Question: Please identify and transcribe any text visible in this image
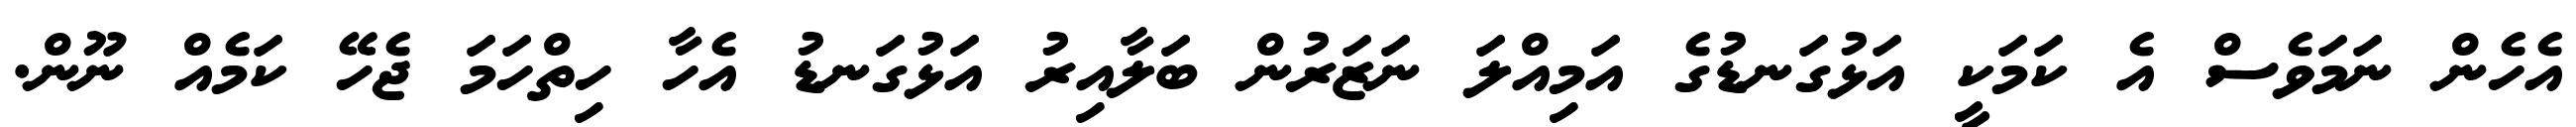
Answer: އެހެން ނަމަވެސް އެ ކަމަކީ އަޅުގަނޑުގެ އަމިއްލަ ނަޒަރުން ބަލާއިރު އަޅުގަނޑު އެހާ ހިތްހަމަ ޖެހޭ ކަމެއް ނޫން.